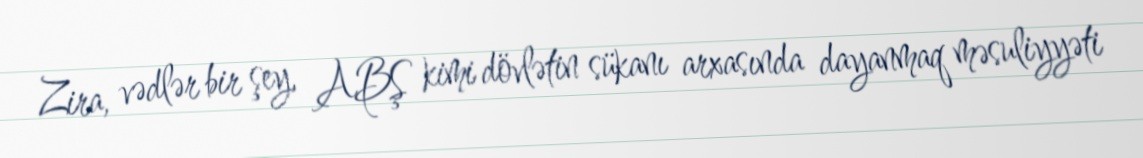
Zira, vədlər bir şey, ABŞ kimi dövlətin sükanı arxasında dayanmaq məsuliyyəti